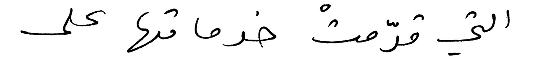
التي قدّمتْ خدماتها على